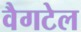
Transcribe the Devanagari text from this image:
वैगटेल